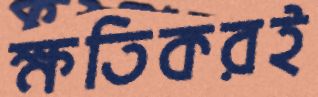
ক্ষতিকরই